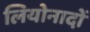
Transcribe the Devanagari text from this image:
लियोनादों